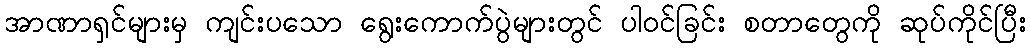
အာဏာရှင်များမှ ကျင်းပသော ရွေးကောက်ပွဲများတွင် ပါဝင်ခြင်း စတာတွေကို ဆုပ်ကိုင်ပြီး